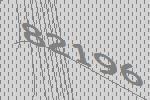
82196